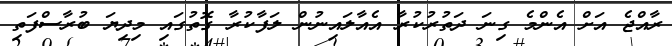
ރާއްޖެ އަށް އެންމެ ގިނަ ދަތުރުކުރާ އެއާލައިނުން ލަފާކުރާ ގޮތުގައި މިދިޔަ ބުރާސްފަތި